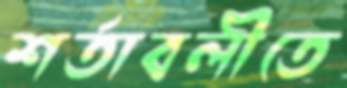
শর্তাবলীতে